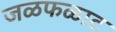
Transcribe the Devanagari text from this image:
जळफळाट